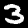
Digit: 3